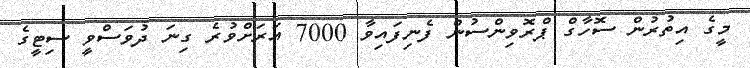
މީގެ އިތުރުން ސޮހާގް ޕްރޮވިންސުން ފެނިފައިވާ 7000 އަރަށްވުރެ ގިނަ ދުވަސްވީ ސިޓީގެ